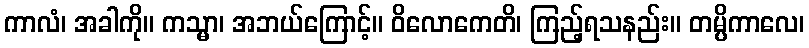
ကာလံ၊ အခါကို။ ကသ္မာ၊ အဘယ်ကြောင့်။ ဝိလောကေတိ၊ ကြည့်ရသနည်း။ တမ္ပိကာလေ၊